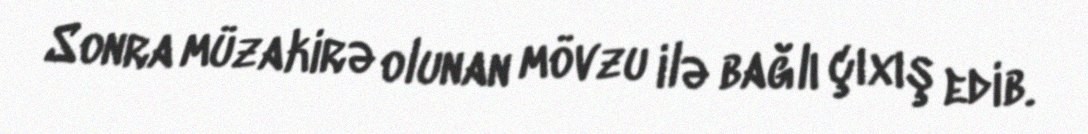
Sonra müzakirə olunan mövzu ilə bağlı çıxış edib.